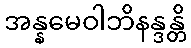
အန္နမေဝါဘိနန္ဒန္တိ